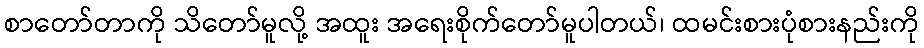
စာတော်တာကို သိတော်မူလို့ အထူး အရေးစိုက်တော်မူပါတယ်၊ ထမင်းစားပုံစားနည်းကို